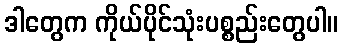
ဒါတွေက ကိုယ်ပိုင်သုံးပစ္စည်းတွေပါ။